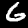
Label: 6